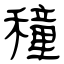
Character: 穜